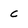
Character: c